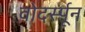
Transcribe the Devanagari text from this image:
वोदर्स्पून